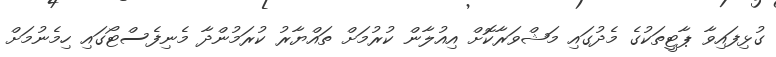
ގުޅިފައިވާ ޕާޓީތަކުގެ މެދުގައި މަޝްވަރާކޮށް އިއުލާން ކުރުމަށް ތައްޔާރު ކުރަމުންދާ މެނިފެސްޓޯގައި ހިމެނުމަށް